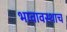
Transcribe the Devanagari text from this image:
भावावस्थाच